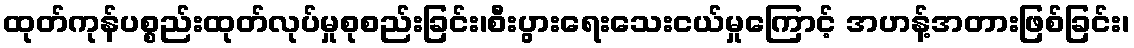
ထုတ်ကုန်ပစ္စည်းထုတ်လုပ်မှုစုစည်းခြင်း၊စီးပွားရေးသေးငယ်မှုကြောင့် အဟန့်အတားဖြစ်ခြင်း၊